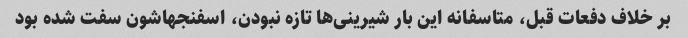
بر خلاف دفعات قبل، متاسفانه این بار شیرینی‌ها تازه نبودن، اسفنجهاشون سفت شده بود